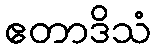
ဧတာဒိသံ